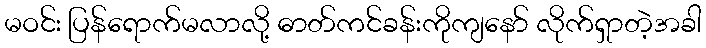
မဝင်း ပြန်ရောက်မလာလို့ ဓာတ်ကင်ခန်းကိုကျနော် လိုက်ရှာတဲ့အခါ